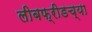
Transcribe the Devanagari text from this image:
लीबफ्रीडच्या